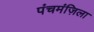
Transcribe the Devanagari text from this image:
पंचमंज़िला